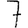
Digit: 7